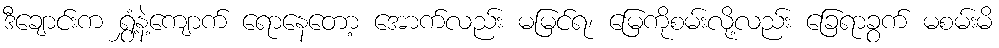
ဒီချောင်းက ရွှံ့နဲ့ကျောက် ရောနေတော့ အောက်လည်း မမြင်ရ၊ မြေကိုစမ်းလို့လည်း ခြေရာခွက် မစမ်းမိ